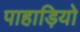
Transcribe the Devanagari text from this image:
पाहाड़ियो